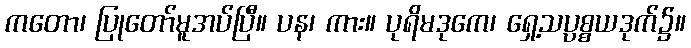
ကတော၊ ပြုတော်မူအပ်ပြီ။ ပန၊ ကား။ ပုရိမဒုကေ၊ ရှေ့သပ္ပစ္စယဒုက်၌။